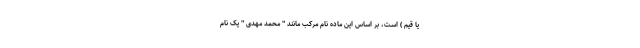
یا قیم ) است، بر اساس این ماده نام مرکب مانند " محمد مهدی " یک نام